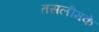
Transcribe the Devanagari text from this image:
तसलीमके